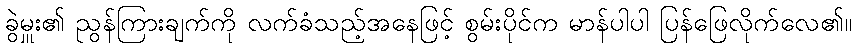
ခွဲမှူး၏ ညွန်ကြားချက်ကို လက်ခံသည့်အနေဖြင့် စွမ်းပိုင်က မာန်ပါပါ ပြန်ဖြေလိုက်လေ၏။